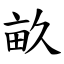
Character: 畝